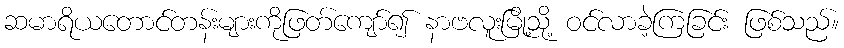
ဆမာရိယတောင်တန်းများကိုဖြတ်ကျော်၍ နာဗလူးမြို့သို့ ဝင်လာခဲ့ကြခြင်း ဖြစ်သည်။